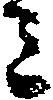
ミ